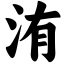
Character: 洧